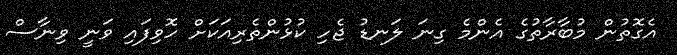
އެގޮތުން މުބާރާތުގެ އެންމެ ގިނަ ލަނޑު ޖެހި ކުޅުންތެރިއަކަށް ހޮވިފައި ވަނީ ވިނާސް